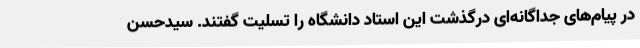
در پیام‌های جداگانه‌ای درگذشت این استاد دانشگاه را تسلیت گفتند. سیدحسن